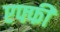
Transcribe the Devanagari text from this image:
एफ्फी